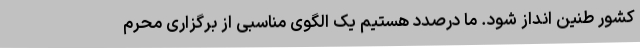
کشور طنین انداز شود. ما درصدد هستیم یک الگوی مناسبی از برگزاری محرم